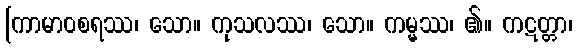
[ကာမာဝစရဿ၊ သော။ ကုသလဿ၊ သော။ ကမ္မ္မဿ၊ ၏။ ကဋတ္တာ၊